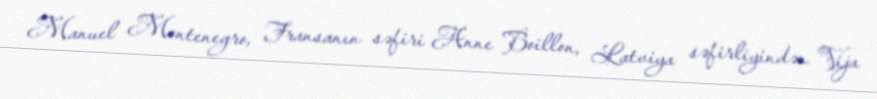
Manuel Montenegro, Fransanın səfiri Anne Boillon, Latviya səfirliyindən Vija